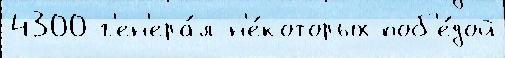
4300 г'ен'ера́л н'е́которых поб'е́дой